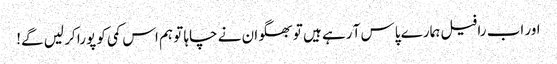
اور اب رافیل ہمارے پاس آ رہے ہیں تو بھگوان نے چاہا تو ہم اس کمی کو پورا کر لیں گے!